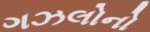
ગઝલોનો